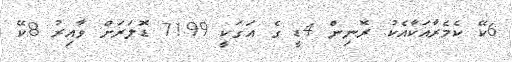
6ކޭ ކެމެރާއަކާއެކު ރޮނިން 4ޑީ ގެ އަގަކީ 7199 ޑޮލަރަށް ވާއިރު 8ކޭ